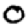
Digit: 0